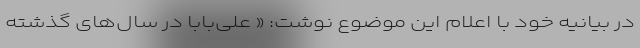
در بیانیه خود با اعلام این موضوع نوشت: « علی‌بابا در سال‌های گذشته